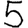
Digit: 5